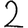
Digit: 2